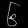
Digit: ၆